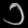
Digit: ၁